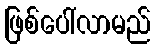
ဖြစ်ပေါ်လာမည်